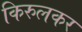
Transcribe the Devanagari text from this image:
किरुलकर